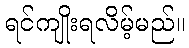
ရင်ကျိုးရလိမ့်မည်။